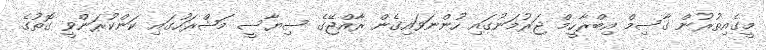
މީގެއިތުރުން ގާސިމް އިބްރާހީމް ޖަރުމަނުގައި ހުންނަވައިގެން ރާއްޖޭގެ ސިޔާސީ މަޝްރަހުގައި ކަންކުރަންވީ ގޮތުގެ